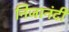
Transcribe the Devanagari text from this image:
निजानंदी